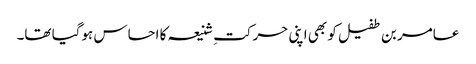
عامر بن طفیل کو بھی اپنی حرکتِ شنیعہ کا احساس ہوگیا تھا۔